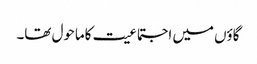
گاؤں میں اجتماعیت کاماحول تھا۔